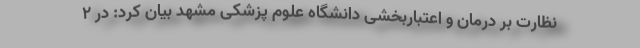
نظارت بر درمان و اعتباربخشی دانشگاه علوم پزشکی مشهد بیان کرد: در ۲